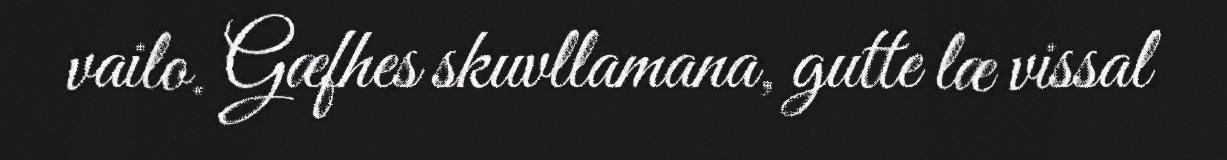
vailo. Gæfhes skuvllamana, gutte læ vissal